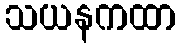
သယနကထာ